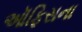
ઑફિસના